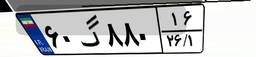
۳۰گ۱۲۱۵۳